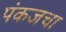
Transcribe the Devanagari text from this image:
पंकजचा